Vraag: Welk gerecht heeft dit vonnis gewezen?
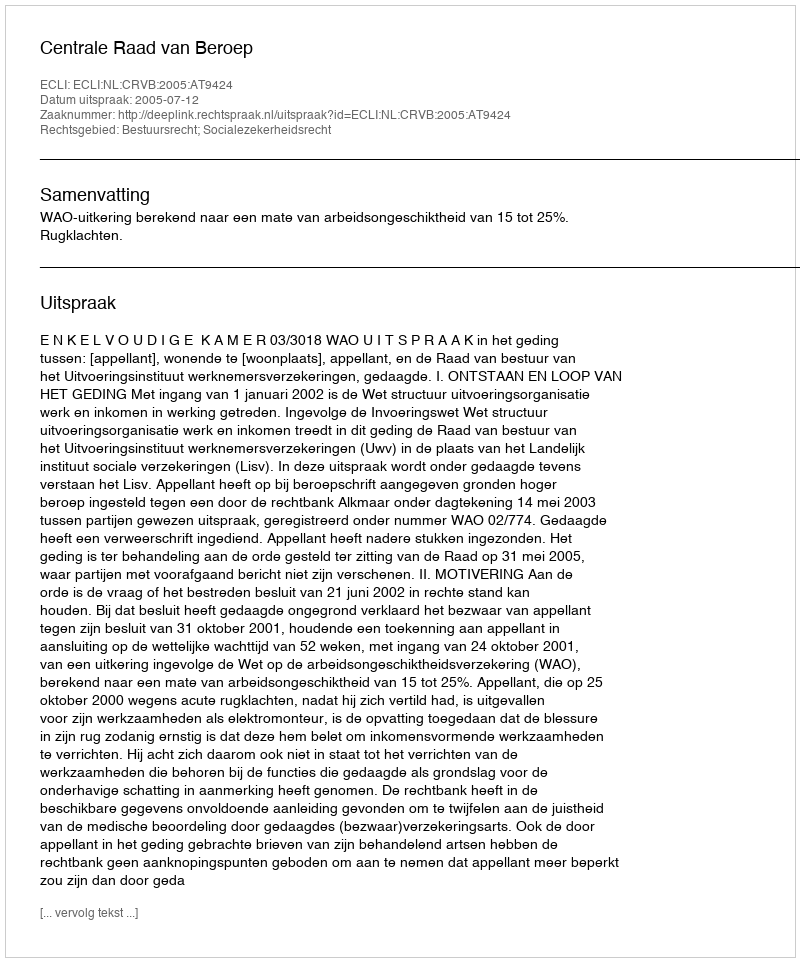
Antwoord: Centrale Raad van Beroep